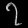
Digit: ၇